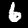
Label: 6